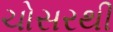
ચોસરથી